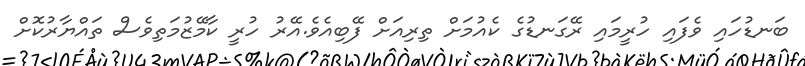
ބަނޑުހައި ވެފައި ހުރީމައި ރޭގަނޑުގެ ކެއުމަށް ތިރިއަށް ފޭބިއެވެ.އޭރު ހުރީ ކާމޭޒުމަތިވެސް ތައްޔާރުކޮށް